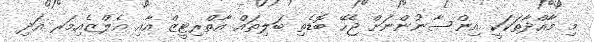
މި މާއްދާތަކަކީ އިންސާނުންނަށް ޖެހޭ ބޮޑެތި ބަލިތައް އާތްރިޓީޒް އާއި އެލްޒެއިމަރ އަދި